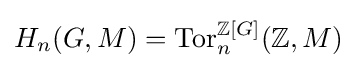
H_{n}(G,M)=\operatorname {Tor} _{n}^{\mathbb {Z} [G]}(\mathbb {Z} ,M)